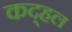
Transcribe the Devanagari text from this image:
कद्हल